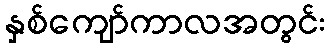
နှစ်ကျော်ကာလအတွင်း